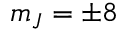
m _ { J } = \pm 8